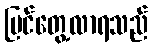
မြင်တွေ့လာရသည်